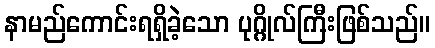
နာမည်ကောင်းရရှိခဲ့သော ပုဂ္ဂိုလ်ကြီးဖြစ်သည်။